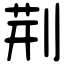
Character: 荆